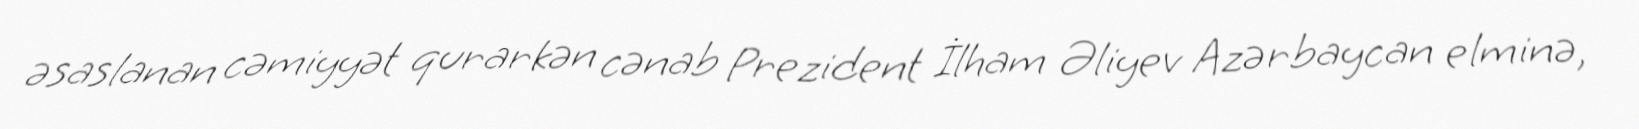
əsaslanan cəmiyyət qurarkən cənab Prezident İlham Əliyev Azərbaycan elminə,